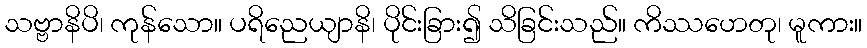
သဗ္ဗာနိပိ၊ ကုန်သော။ ပရိညေယျာနိ၊ ပိုင်းခြား၍ သိခြင်းသည်။ ကိဿဟေတု၊ မူကား။